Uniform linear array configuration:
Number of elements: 8
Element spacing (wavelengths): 0.5
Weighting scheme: kaiser
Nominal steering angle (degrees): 45
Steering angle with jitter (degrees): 44.939
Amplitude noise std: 0.05
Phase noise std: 0.05

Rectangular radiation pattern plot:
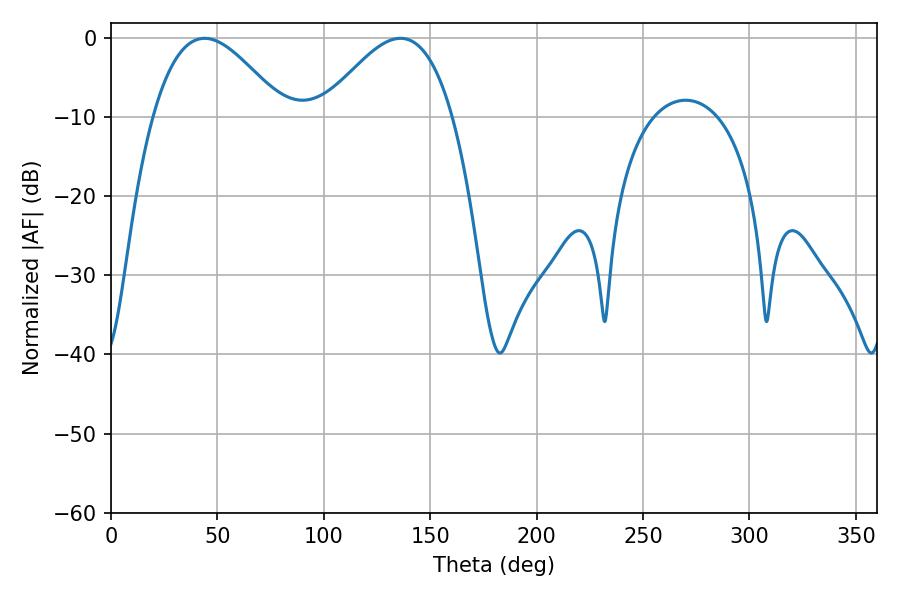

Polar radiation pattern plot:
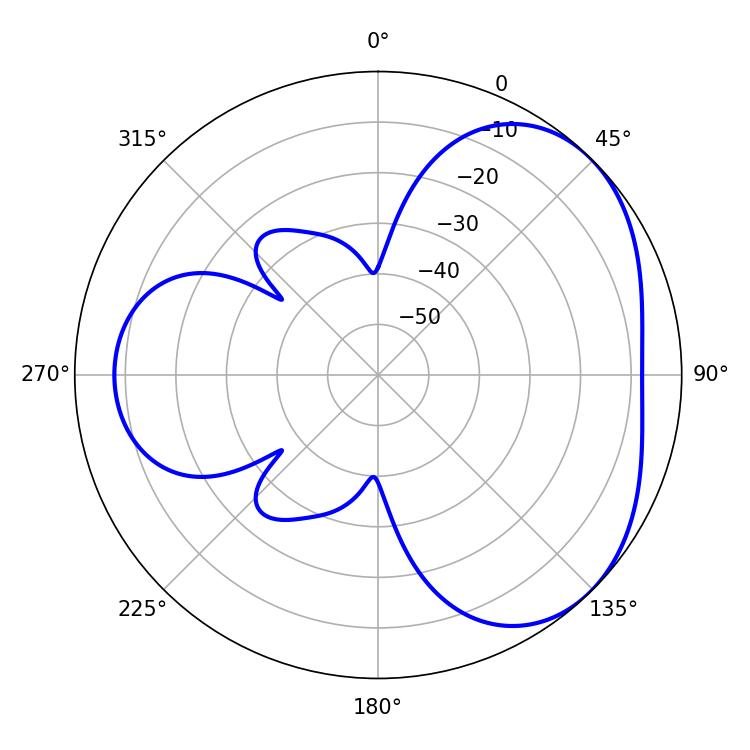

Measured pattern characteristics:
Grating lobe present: FALSE
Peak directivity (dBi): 3.731
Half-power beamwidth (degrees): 33.12
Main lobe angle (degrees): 136.08